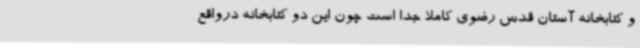
و کتابخانه آستان قدس رضوی کاملا جدا است چون این دو کتابخانه درواقع